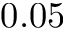
0 . 0 5